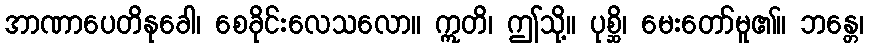
အာဏာပေတိနုခေါ၊ စေခိုင်းလေသလော။ ဣတိ၊ ဤသို့။ ပုစ္ဆိ၊ မေးတော်မူ၏။ ဘန္တေ၊